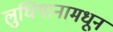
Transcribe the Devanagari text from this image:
लुधियानामधून